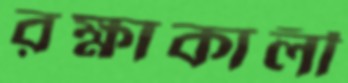
রক্ষাকালী